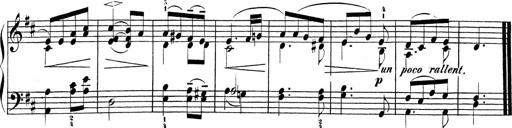
Title: Sonatinas
Composer: Andrew Violette